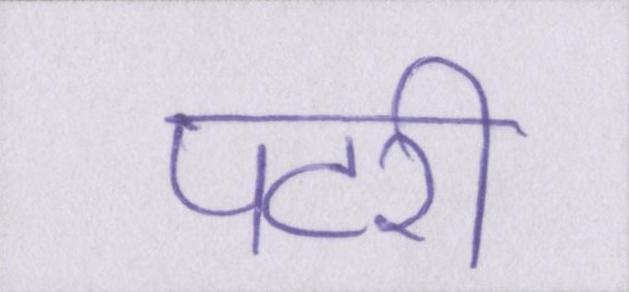
पटरी